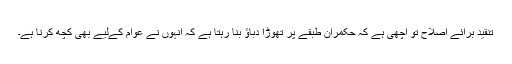
تنقید برائے اصلاح تو اچھی ہے کہ حکمران طبقے پر تھوڑا دباؤ بنا رہتا ہے کہ انہوں نے عوام کےلیے بھی کچھ کرنا ہے۔